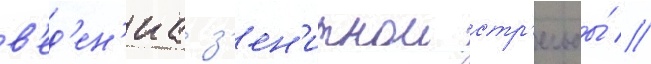
в'ед'ен'иа з'ен'итнои стр'ельбы́ //